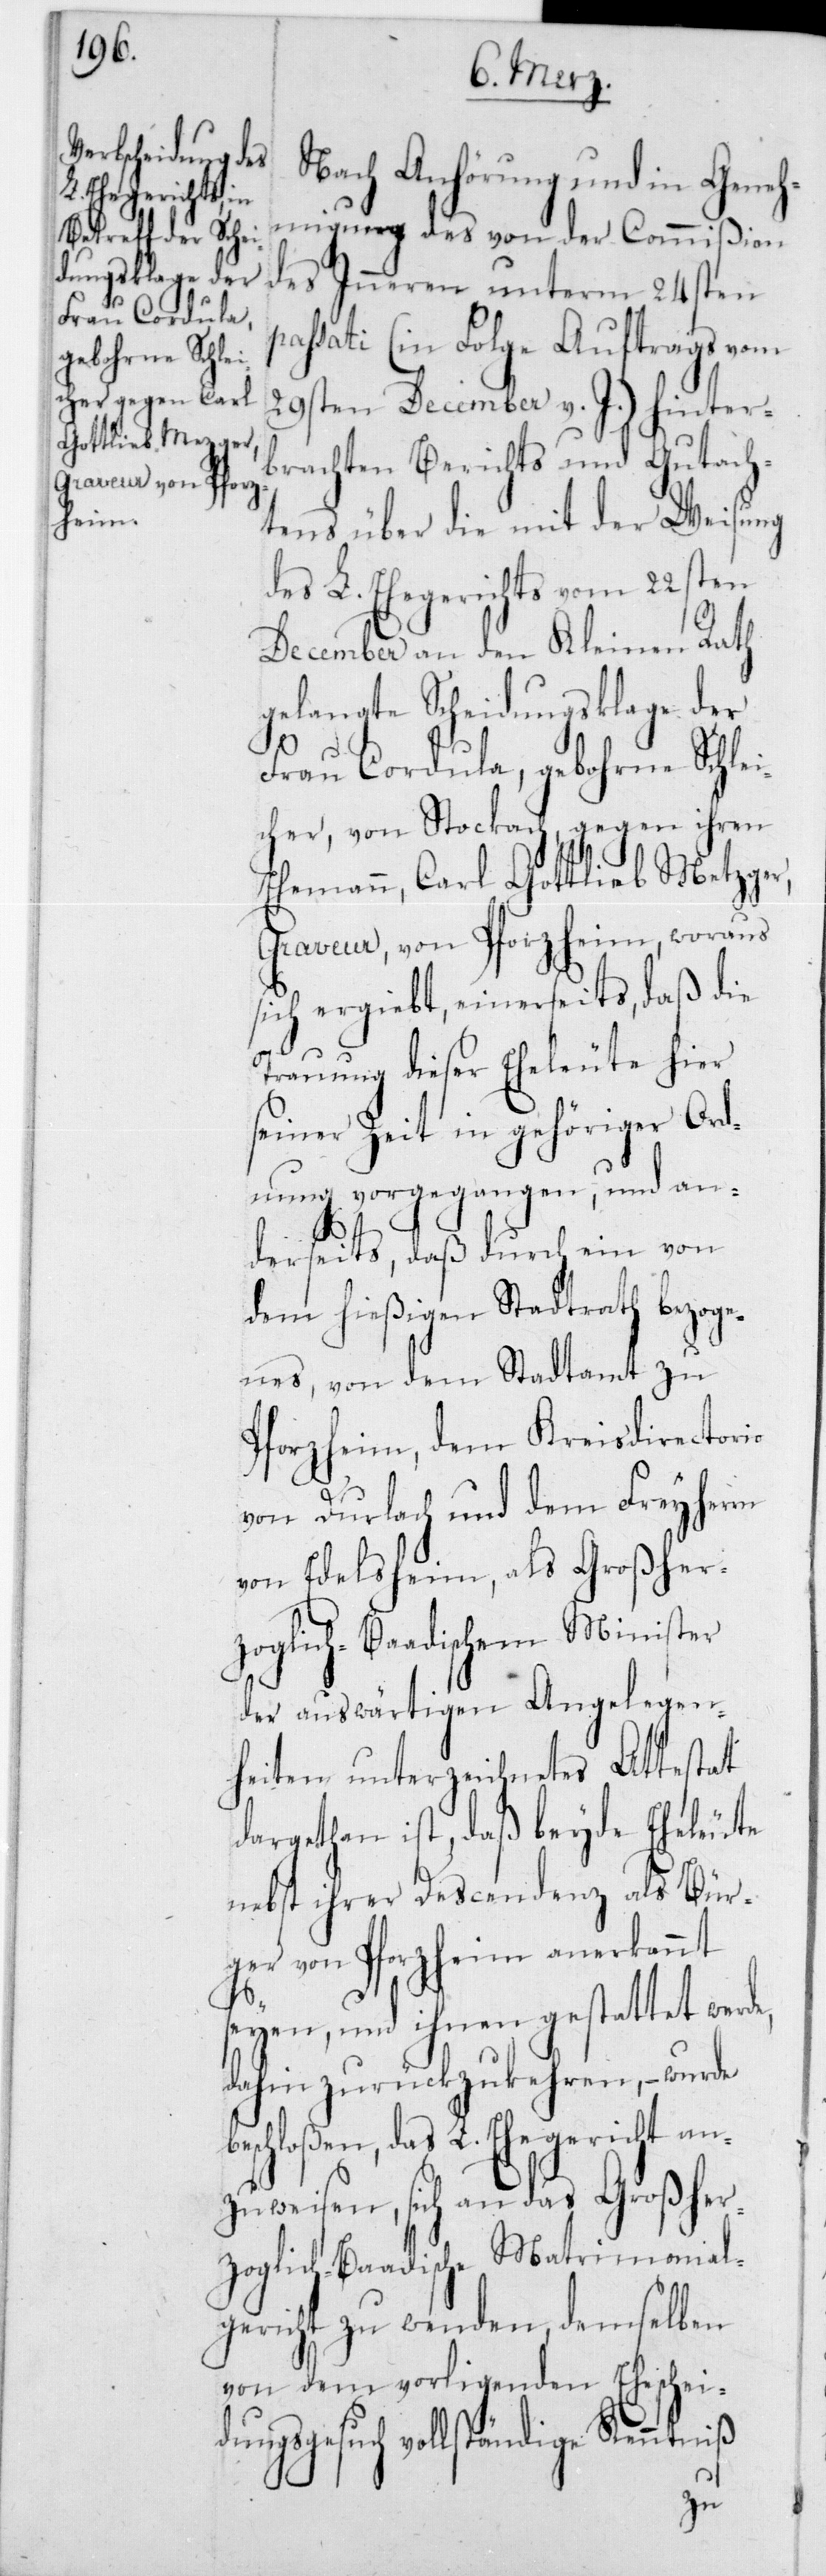
Nach Anhörung und in Geneh¬
migung des von der Commißion
des Innern unterm 24sten
passati (in Folge Auftrags vom
29sten December v. J.) hinter¬
brachten Berichts und Gutach¬
tens über die mit der Weisung
des L. Ehegerichts vom 22sten
December an den Kleinen Rath
gelangte Scheidungsklage der
Frau Cordula, gebohrne Schlei¬
cher, von Stockach, gegen ihren
Ehemann, Carl Gottlieb Metzger
Graveur, von Pforzheim, woraus
sich ergiebt, einerseits, daß die
Trauung dieser Eheleute hier
seiner Zeit in gehöriger Ord¬
nung vorgegangen, und an¬
derseits, daß durch ein von
dem hießigen Stadtrath bezoge¬
nes, von dem Stadtamt zu
Pforzheim, dem Kreisdirectorio
von Durlach und dem Freyherrn
von Edelsheim, als Großher¬
zoglich-Baadischem Minister
der auswärtigen Angelegen¬
heiten unterzeichnetes Attestat
dargethan ist, daß beyde Eheleute
nebst ihrer Descendenz als Bür¬
ger von Pforzheim anerkannt
seyen, und ihnen gestattet werde,
dahin zurückzukehren, – wurde
beschloßen, das L. Ehegericht an¬
zuweisen, sich an das Großher¬
zoglich-Baadische Matrimonial¬
gericht zu wenden, demselben
von dem vorliegenden Ehescheid¬
ungsgesuch vollständige Kenntniß